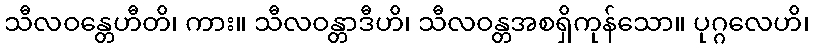
သီလဝန္တေဟီတိ၊ ကား။ သီလဝန္တာဒီဟိ၊ သီလဝန္တအစရှိကုန်သော။ ပုဂ္ဂလေဟိ၊